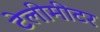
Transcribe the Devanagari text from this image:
टेलीमीटर